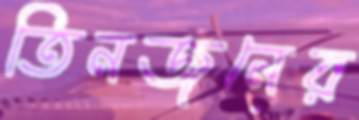
তিনজনের